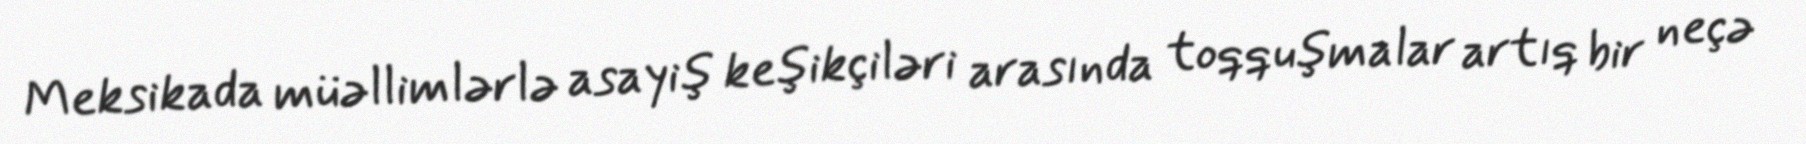
Meksikada müəllimlərlə asayiş keşikçiləri arasında toqquşmalar artıq bir neçə